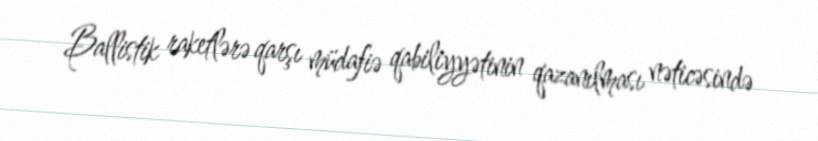
Ballistik raketlərə qarşı müdafiə qabiliyyətinin qazanılması nəticəsində